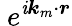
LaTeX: {\ e}^{\mathit{i}{\boldsymbol{k}}_{m}\cdot\boldsymbol{r}}